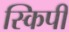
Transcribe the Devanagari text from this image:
स्किपी